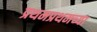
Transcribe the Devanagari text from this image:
प्रथमप्रथमच्या